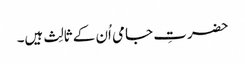
حضرتِ جامی اُن کے ثالِث ہیں۔